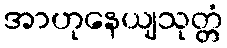
အာဟုနေယျသုတ္တံ